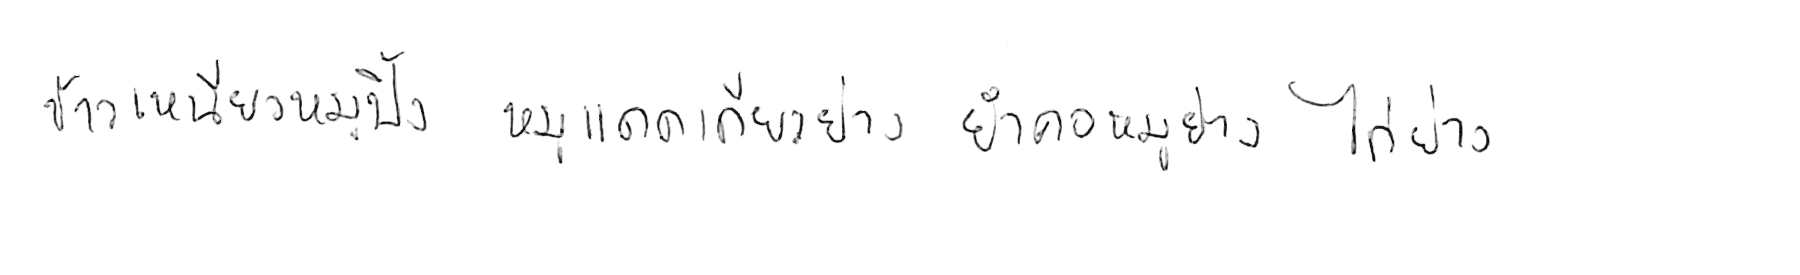
ข้าวเหนียวหมูปิ้ง หมูแดดเดียวย่าง ยำคอหมูย่าง ไก่ย่าง